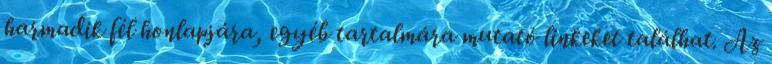
harmadik fél honlapjára, egyéb tartalmára mutató linkeket találhat. Az